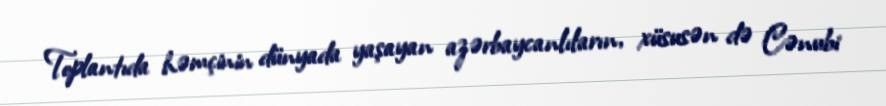
Toplantıda həmçinin dünyada yaşayan azərbaycanlıların, xüsusən də Cənubi